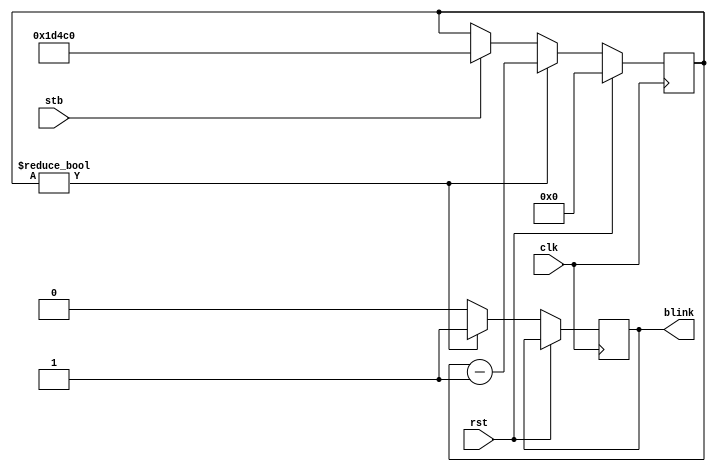
module stb_blink(clk, rst, stb, blink);
    input clk; input rst; input stb;
    output reg blink;

    parameter COUNT = 120000;

    reg [$clog2(COUNT):0] cnt;

    always @ (posedge clk) if(rst) begin
        cnt <= 0;
    end else begin
        blink <= 0;
        if(stb) cnt <= COUNT;
        if(cnt != 0) begin
            cnt <= cnt - 1;
            blink <= 1;
        end
    end
endmodule